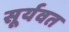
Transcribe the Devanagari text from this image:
सूर्यवत